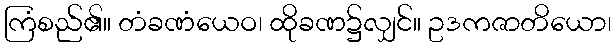
ကြံစည်၏။ တံခဏံယေဝ၊ ထိုခဏ၌လျှင်။ ဥဒကဇာတိယော၊